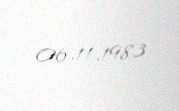
06.11.1983